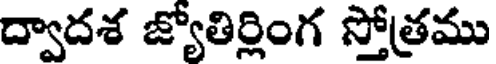
ద్వాదశ జ్యోతిర్లింగ స్తోత్రము